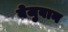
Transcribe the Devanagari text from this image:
बेजुबान